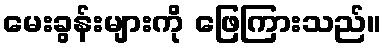
မေးခွန်းများကို ဖြေကြားသည်။